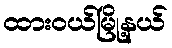
ထားဝယ်မြို့နယ်